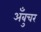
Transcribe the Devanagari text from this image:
अँबुचर